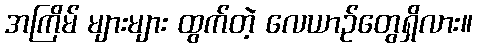
အကြိမ် များများ ထွက်တဲ့ လေယာဉ်တွေရှိလား။